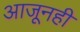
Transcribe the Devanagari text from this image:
आजूनही